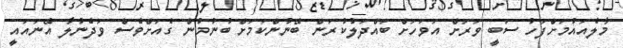
މާލެއައުމަށްފަހު ސަބީ ވަރަށް އަވަހަށް ބައްދަލުކުރަން ބޭނުންކަމަށް ބުނުމުން ގެއަށްވެސް ވަދެނުލާ އޭނައައީ